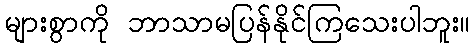
များစွာကို ဘာသာမပြန်နိုင်ကြသေးပါဘူး။